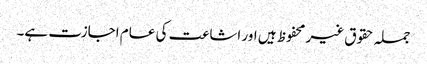
جملہ حقوق غیر محفوظ ہیں اور اشاعت کی عام اجازت ہے۔